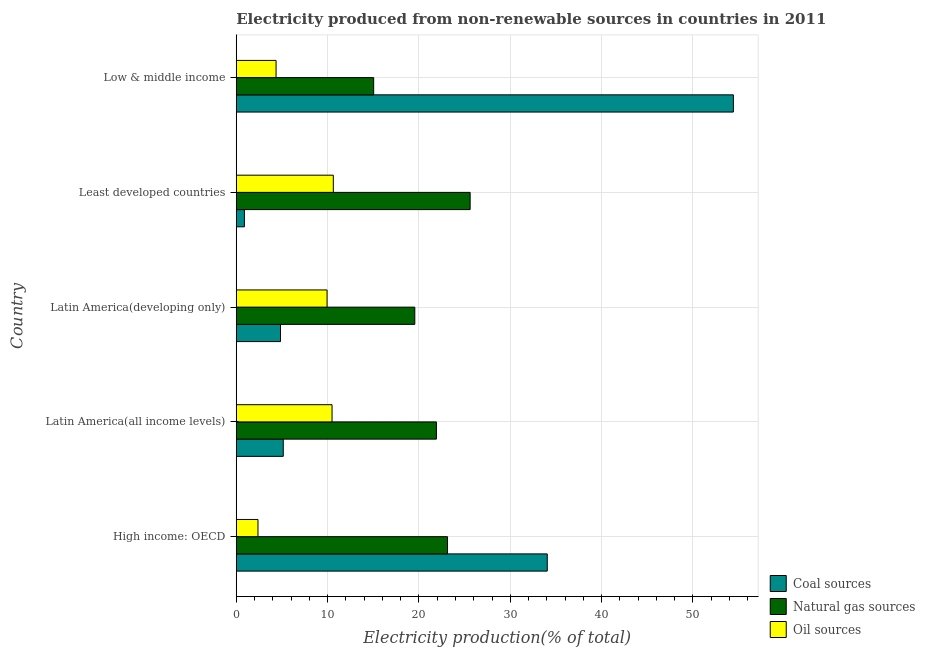
| Country | Coal sources | Natural gas sources | Oil sources |
 | --- | --- | --- | --- |
 | High income: OECD | 34.1 | 23.1 | 2.38 |
 | Latin America(all income levels) | 5.15 | 21.9 | 10.5 |
 | Latin America(developing only) | 4.84 | 19.5 | 9.94 |
 | Least developed countries | 0.891 | 25.6 | 10.6 |
 | Low & middle income | 54.4 | 15 | 4.36 |